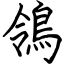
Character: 鴒